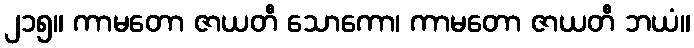
၂၁၅။ ကာမတော ဇာယတီ သောကော၊ ကာမတော ဇာယတီ ဘယံ။